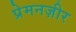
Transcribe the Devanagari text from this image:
प्रेमनज़ीर